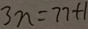
3 n = 7 7 + 1